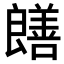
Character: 𫅞